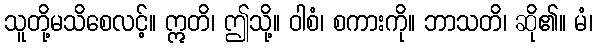
သူတို့မသိစေလင့်။ ဣတိ၊ ဤသို့။ ဝါစံ၊ စကားကို။ ဘာသတိ၊ ဆို၏။ မံ၊